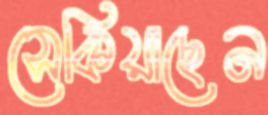
সেকিয়াছেন